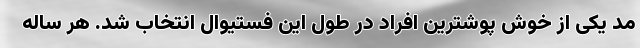
مد یکی‌ از خوش پوشترین افراد در طول این فستیوال انتخاب شد. هر ساله